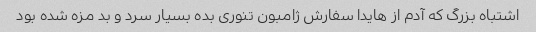
اشتباه بزرگ که آدم از هایدا سفارش ژامبون تنوری بده بسیار سرد و بد مزه شده بود